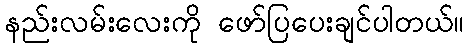
နည်းလမ်းလေးကို ဖော်ပြပေးချင်ပါတယ်။